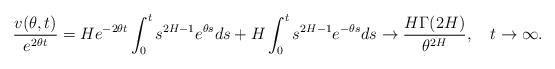
LaTeX: \begin{align*}\frac{v(\theta,t)}{e^{2\theta t}}=He^{-2\theta t}\int_0^ts^{2H-1}e^{\theta s}ds+H\int_0^ts^{2H-1}e^{-\theta s}ds\to\frac{H\Gamma(2H)}{\theta^{2H}},\quad t\to\infty.\end{align*}